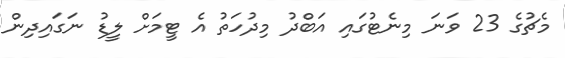
މެޗުގެ 23 ވަނަ މިނެޓުގައި އަބްދު މިދުހަތު އެ ޓީމަށް ލީޑު ނަގައިދިން